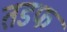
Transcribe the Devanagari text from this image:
तडफ